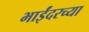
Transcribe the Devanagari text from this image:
भाईंदरच्या